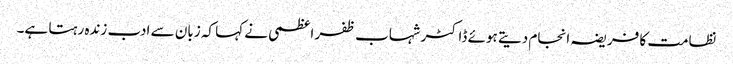
نظامت کا فریضہ انجام دیتے ہوئے ڈاکٹر شہاب ظفر اعظمی نے کہا کہ زبان سے ادب زندہ رہتا ہے۔